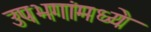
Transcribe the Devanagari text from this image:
उपभगांमध्ये